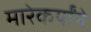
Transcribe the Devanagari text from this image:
मारेकर्यांने